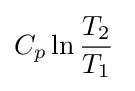
C_{p}\ln {\frac {T_{2}}{T_{1}}}\;